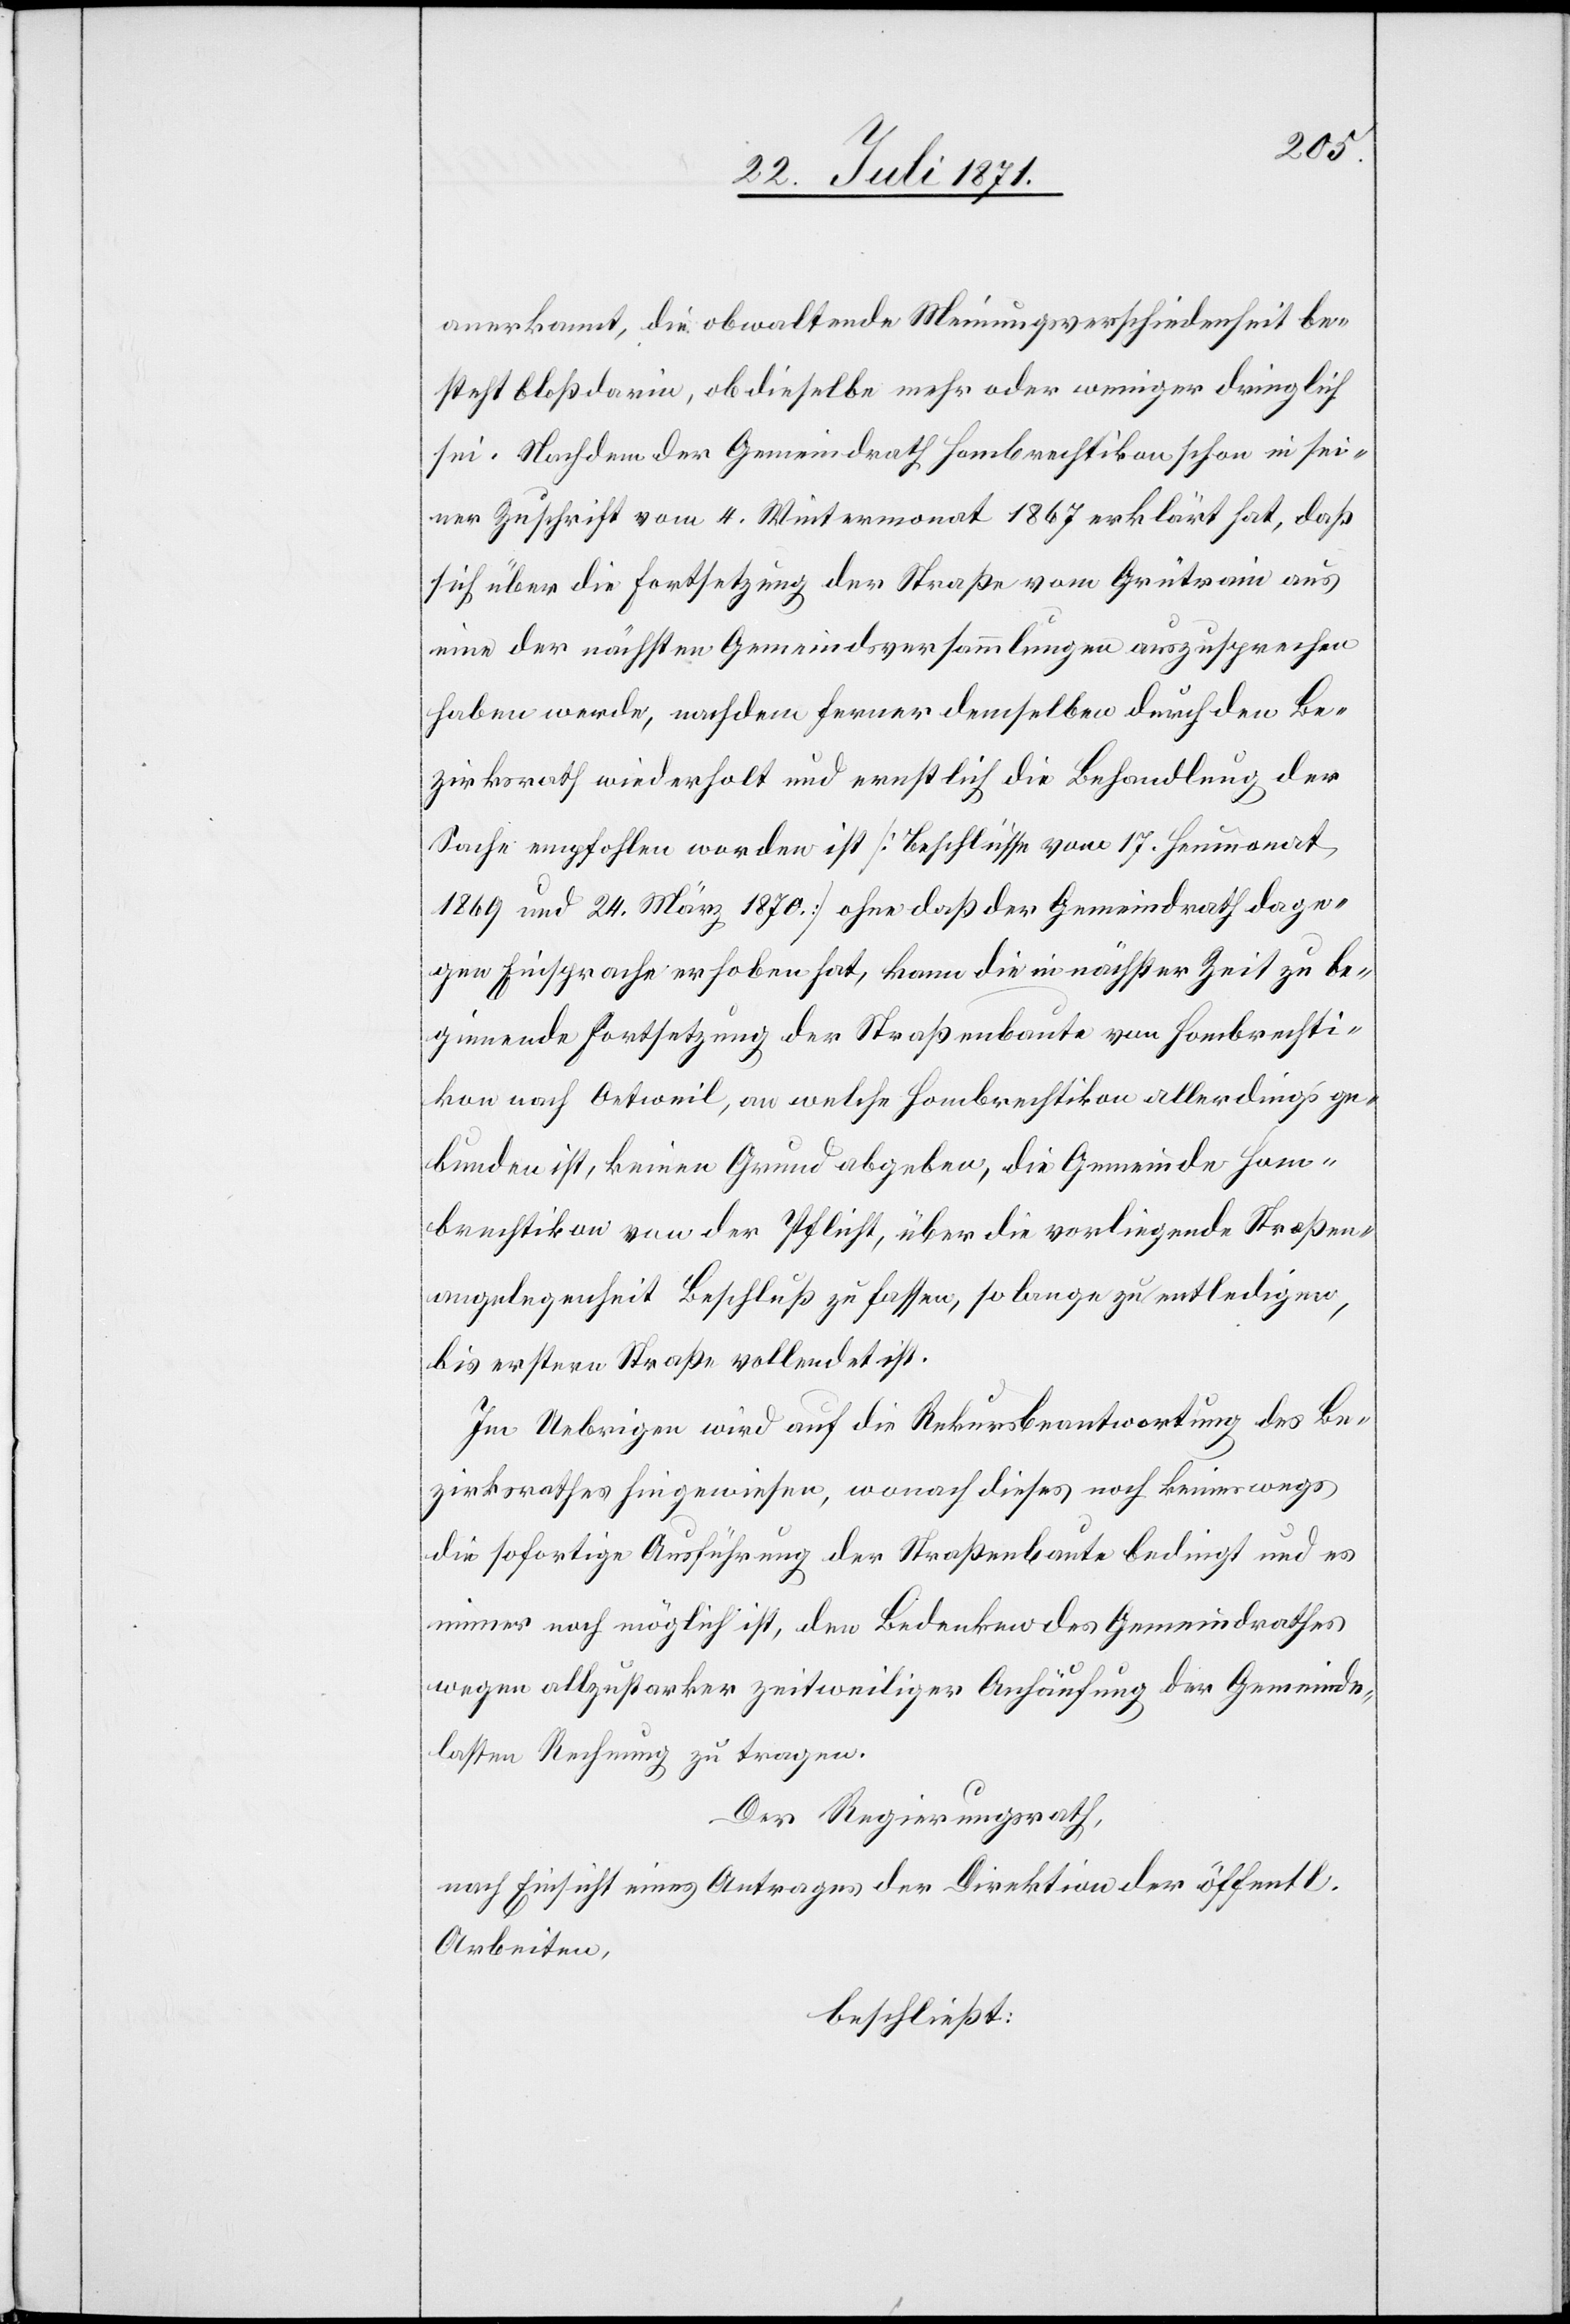
anerkannt, die obwaltende Meinungsverschiedenheit be¬
steht bloß darin, ob dieselbe mehr oder weniger dringlich
sei. Nachdem der Gemeindrath Hombrechtikon schon in sei¬
ner Zuschrift vom 4. Wintermonat 1867 erklärt hat, daß
sich über die Fortsetzung der Straße vom Grütrain aus
eine der nächsten Gemeindsversammlungen auszusprechen
haben werde, nachdem ferner demselben durch den Be¬
zirksrath wiederholt und ernstlich die Behandlung der
Sache empfohlen worden ist [Beschlüsse vom 17. Heumonat
1869 und 24. März 1870] ohne daß der Gemeindrath dage¬
gen Einsprache erhoben hat, kann die in nächster Zeit zu be¬
ginnende Fortsetzung der Straßenbaute von Hombrechti¬
kon nach Oetweil, an welche Hombrechtikon allerdings ge¬
bunden ist, keinen Grund abgeben, die Gemeinde Hom¬
brechtikon von der Pflicht, über die vorliegende Straßen¬
angelegenheit Beschluß zu fassen, so lange zu entledigen,
bis erstere Straße vollendet ist.
Im Uebrigen wird auf die Rekursbeantwortung des Be¬
zirksrathes hingewiesen, wonach dieses noch keineswegs
die sofortige Ausführung der Straßenbaute bedingt und es
immer noch möglich ist, den Bedenken des Gemeindrathes
wegen allzustarker zeitweiliger Anhäufung der Gemeinde¬
lasten Rechnung zu tragen.
Der Regierungsrath,
nach Einsicht eines Antrages der Direktion der öffentl.
Arbeiten,
beschließt: